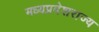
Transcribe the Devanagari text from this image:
मध्यप्रदेशराज्य